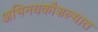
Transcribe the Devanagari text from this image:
अभिनयकौशल्यात